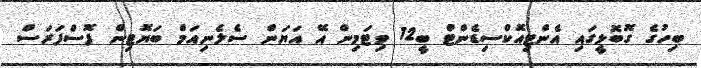
ބިހުގެ ގޮބޮޅީގައި އެންޓިއޮކްސިޑެންޓް ބީ12 ވިޓަމިން އޭ އަޔަން ސެލެނިއަމް ބަޔޮޓިން ފޮސްފަރަސް